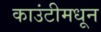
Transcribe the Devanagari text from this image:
काउंटीमधून